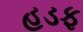
હડફ